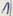
Text: 1